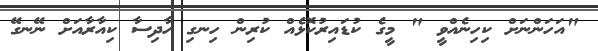
"އަހަންނަށް ކިހިނެއްވީ " މީގެ ކުޑައިރުކޮޅެއް ކުރިން ހިނގި ހާދިސާ ކިއާރާއަށް ނޭނގޭ